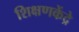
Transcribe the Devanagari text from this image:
शिक्षणकेंद्रे